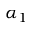
\alpha _ { 1 }